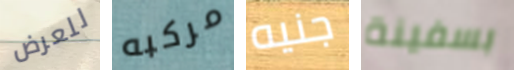
للعرض مركبه جنيه بسفينة